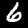
Digit: 6